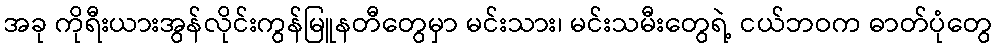
အခု ကိုရီးယားအွန်လိုင်းကွန်မြူနတီတွေမှာ မင်းသား၊ မင်းသမီးတွေရဲ့ ငယ်ဘဝက ဓာတ်ပုံတွေ